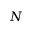
N